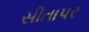
સીતાપર